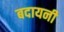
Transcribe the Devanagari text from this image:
बदायनी